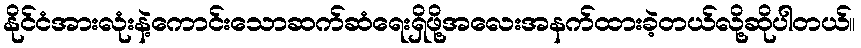
နိုင်ငံအားလုံးနဲ့ကောင်းသောဆက်ဆံရေးရှိဖို့အလေးအနက်ထားခဲ့တယ်လို့ဆိုပါတယ်။